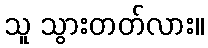
သူ သွားတတ်လား။